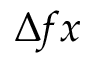
\Delta f x